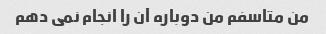
من متاسفم من دوباره آن را انجام نمی دهم